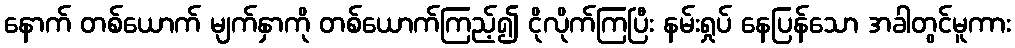
နောက် တစ်ယောက် မျက်နှာကို တစ်ယောက်ကြည့်၍ ငိုလိုက်ကြပြီး နမ်းရှုပ် နေပြန်သော အခါတွင်မူကား